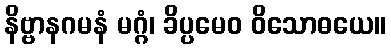
နိဗ္ဗာနဂမနံ မဂ္ဂံ၊ ခိပ္ပမေဝ ဝိသောဓယေ။